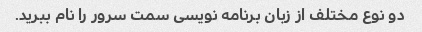
دو نوع مختلف از زبان برنامه نویسی سمت سرور را نام ببرید.